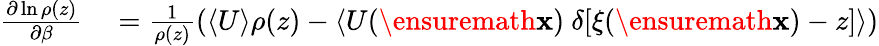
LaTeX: \begin{array}{rl}{\frac{\partial\ln\rho(z)}{\partial\beta}}&{{}=\frac{1}{\rho(z)}\left(\left<U\right>\rho(z)-\left<U(\ensuremath{\mathbf{x}})\ \delta[\xi(\ensuremath{\mathbf{x}})-z]\right>\right)}\end{array}